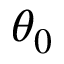
\theta _ { 0 }